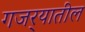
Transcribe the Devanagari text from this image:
गजर्‍यातील